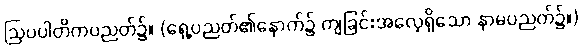
ဩပပါတိကပညတ်၌။ (ရှေ့ပညတ်၏နောက်၌ ကျခြင်းအလေ့ရှိသော နာမပညတ်၌။)